Vaccination in Burma 1920-1933 - 1920-1933
Year: 1920
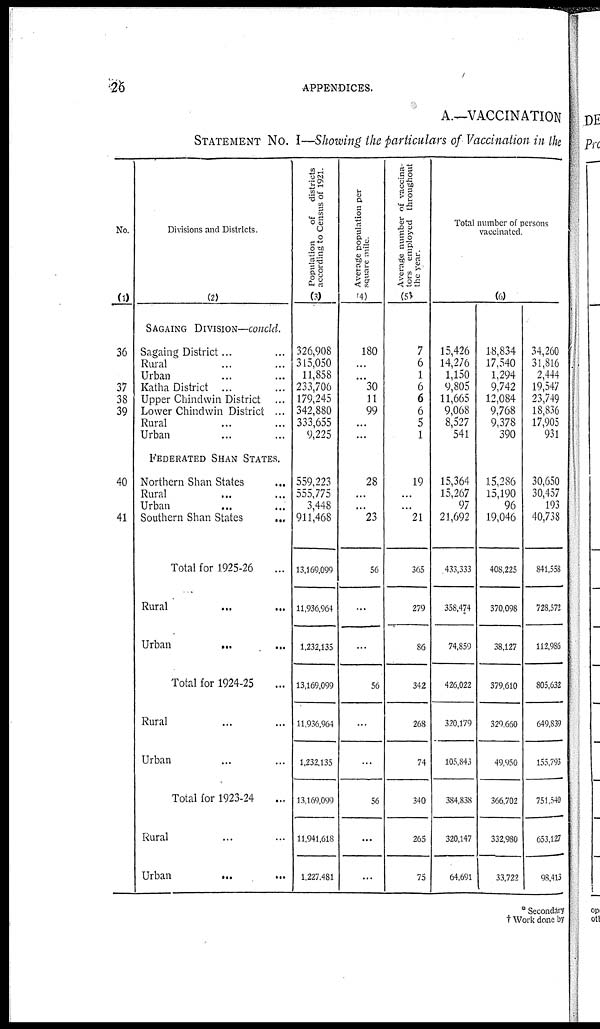
26
APPENDICES.
A.—VACCINATION
STATEMENT No. I—Showing the particulars of Vaccination in the
No.
(1)
36
37
38
39
40
41
Divisions and Districts.
(2)
SAGAING DIVISION—concld.
Sagaing District... ... ...
Rural... ...
Urban... ...
Katha District... ... ...
Upper Chindwin District...
Lower Chindwin District ...
Rural... ...
Urban... ...
FEDERATED SHAN STATES.
Northern Shan States...
Rural...
Urban...
Southern Shan States...
Total for 1925-26... ...
Rural...
Urban
...
Total for 1924-25...
Rural...
Urban...
Total for 1923-24...
Rural...
Urban...
Population
of districts
according to Census of 1921.
(3)
326,908
315,050
11,858
233,706
179,245
342,880
333,655
9,225
559,223
555,775
3,448
911,468
13,169,099
11,936,964
1,232,135
13,169,099
11,936,964
1,232,135
13,169,099
11,941,618
1,227,481
Average population per
square mile.
(4)
180
...
...
30
11
99
...
...
28
...
...
23
56
...
...
56
...
...
56
...
...
Average number of vaccina-
tors employed throughout
the year.
(5)
7
6
1
6
6
6
5
1
19
...
...
21
365
279
86
342
268
74
340
265
75
Total number of persons
vaccinated.
(6)
15,426
14,276
1,150
9,805
11,665
9,068
8,527
541
15,364
15,267
97
21,692
433,333
358,474
74,859
426,022
320,179
105,843
384,838
320,147
64,691
18,834
17,540
1,294
9,742
12,084
9,768
9,378
390
15,286
15,190
96
19,046
408,225
370,098
38,127
379,610
329,660
49,950
366,702
332,980
33,722
34,260
31,816
2,444
19,547
23,749
18,836
17,905
931
30,650
30,457
193
40,738
841,558
728,572
112,986
805,632
649,839
155,793
751,540
653,127
98,413
* Secondary
† Work done by